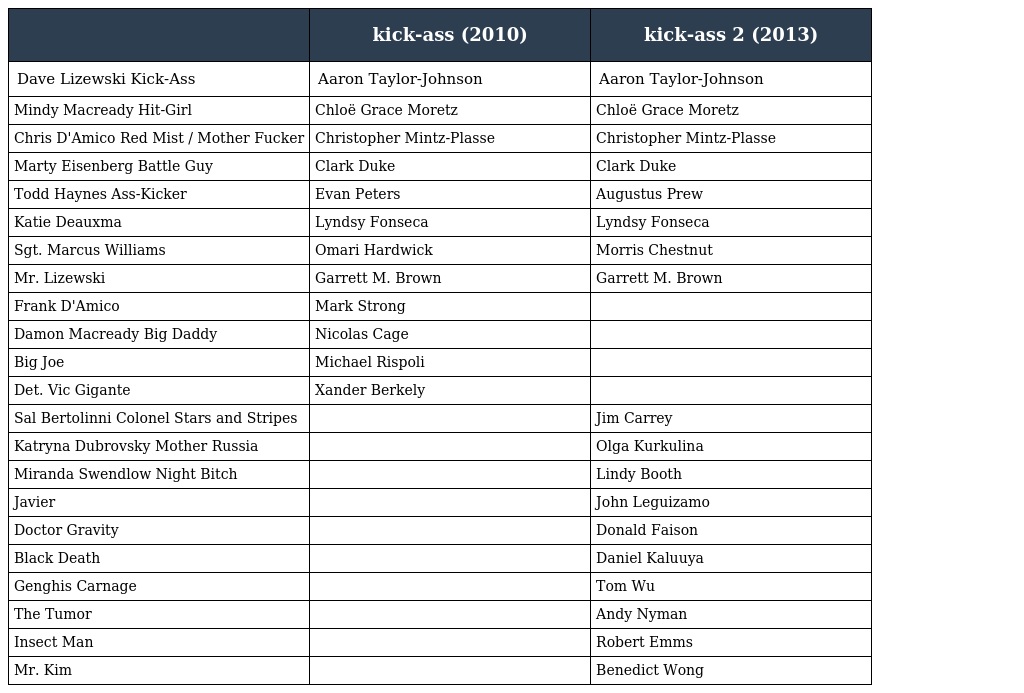
|  | kick-ass (2010) | kick-ass 2 (2013) |
 | --- | --- | --- |
 | Dave Lizewski Kick-Ass | Aaron Taylor-Johnson | Aaron Taylor-Johnson |
 | Mindy Macready Hit-Girl | Chloë Grace Moretz | Chloë Grace Moretz |
 | Chris D'Amico Red Mist / Mother Fucker | Christopher Mintz-Plasse | Christopher Mintz-Plasse |
 | Marty Eisenberg Battle Guy | Clark Duke | Clark Duke |
 | Todd Haynes Ass-Kicker | Evan Peters | Augustus Prew |
 | Katie Deauxma | Lyndsy Fonseca | Lyndsy Fonseca |
 | Sgt. Marcus Williams | Omari Hardwick | Morris Chestnut |
 | Mr. Lizewski | Garrett M. Brown | Garrett M. Brown |
 | Frank D'Amico | Mark Strong |  |
 | Damon Macready Big Daddy | Nicolas Cage |  |
 | Big Joe | Michael Rispoli |  |
 | Det. Vic Gigante | Xander Berkely |  |
 | Sal Bertolinni Colonel Stars and Stripes |  | Jim Carrey |
 | Katryna Dubrovsky Mother Russia |  | Olga Kurkulina |
 | Miranda Swendlow Night Bitch |  | Lindy Booth |
 | Javier |  | John Leguizamo |
 | Doctor Gravity |  | Donald Faison |
 | Black Death |  | Daniel Kaluuya |
 | Genghis Carnage |  | Tom Wu |
 | The Tumor |  | Andy Nyman |
 | Insect Man |  | Robert Emms |
 | Mr. Kim |  | Benedict Wong |